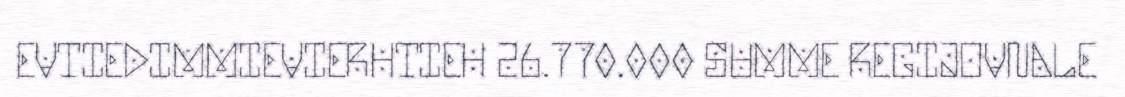
EVTIEDIMMIEVIERHTIEH 26.770.000 SUMME REGIJOVNALE